Indian Medical Review
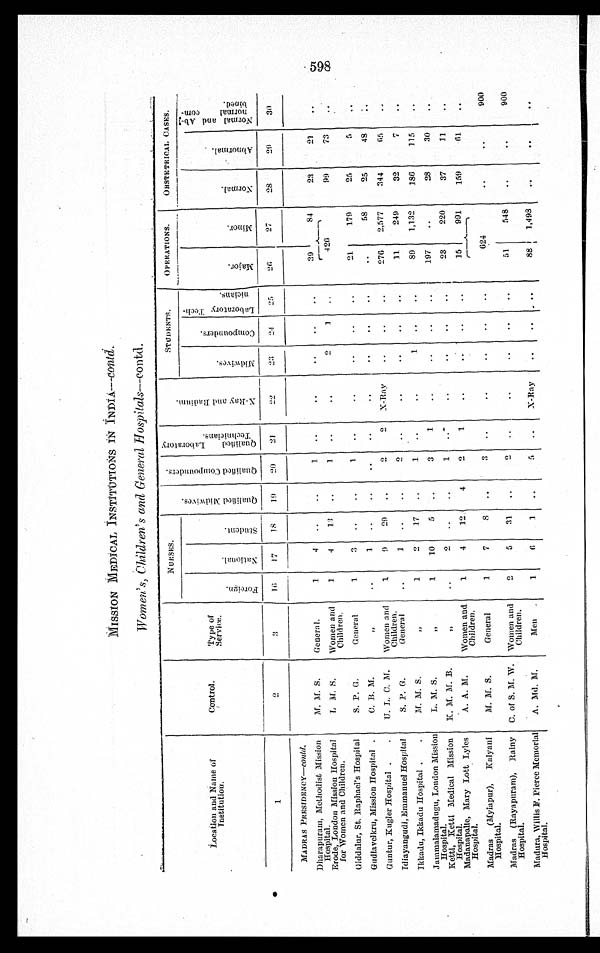
MI S S I O N ME D I C A L I N S T I T U T I O N S I N I N D I A —c o n t d .
Women's, Children's and General Hospitals—contd.
Location and Name of
Institution.
Control.
Type o
f Service.
NURSES.
Q u a l i f i e d M i d w i v e s .
Q u a l i f i e d C o m p o u n d e r s . Q u a l i f i e d L a b o r a t o r y T e c h n i c i a n s .
X - R a y a n d R a d i u m .
STUDENTS.
OPERATIONS.
OBSTETRICAL CASES.
F o r e i g n .
Na t i ona l .
St ude nt .
Mi d wi v e s .
C o m p o u n d e r s .
L a b o r a t o r y T e c h -
n i c i a n s .
Major.
M i n o r .
Nor mal .
Abnormal .
Normal and Ab-
normal con-
bined.
1
2
3 1 6
1 7
1 8 19
20
21
2 2
23
2 4
2 5
2 6
27
28
2 9
30
MADRAS PRESI DENCY—contd.
Dharapuram, Methodist Mission
Hospital.
M. M. S.
General.
1
4
1
3 9
8 4
23
21
Erode, London Mission Hospital
for Women and Children.
L M. S.
Women and
Children.
1
4
13
1
2
1
420
99
73
Giddalur, St. Raphael's Hospital
S. P. G.
General
1
3
1
21
179
25
5
Gudlavelkru, Mission Hospita
C. B. M.
,,
1
58
25
43
Guntur, Kugler Hospital
U. L. C. M. Women and
Children.
1
9
29
2
2 X-Ray
276 2,577
344
65
Idiayangudi, Emmanuel Hospital
S. P. G.
General
1
2
11.
249
32
7
Ikkadu, Ikkadu Hospital
M. M. S.
,,
1
2
1.7
,,
1
1
89 1,132
186
115
Jammalamadugu, London Mission
Hospital.
L. M. S.
,,
1
10
5
3
1
1.97
28
30
Ketti, Ketti Medical Mission
Hospital.
K. M. M. B.
,,
2
23
220
37
11
Madanapalle, Mary Lott Lyles
Hospital.
A. A. M.
Women and
Children.
1
4
12
4
2
1
15
991
159
61
Madras (Mylapur), Kalyani
Hospital.
M. M. S.
General
1
7
8
3
624
900
Madras (Rayapuram), Rainy
Hospital.
C. of S. M. W. Women and
Children.
2
5
31
2
51
548
900
Madura, Willis F. Pierce Memorial
Hospital.
A. Md. M.
Men
1
6
1
5
X-Ray
88 1,498
98